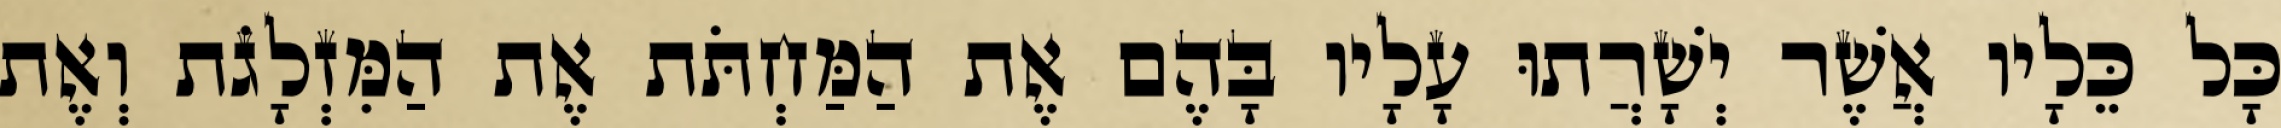
כָּל כֵּלָיו אֲשֶׁר יְשָׁרֲתוּ עָלָיו בָּהֶם אֶת הַמַּחְתֹּת אֶת הַמִּזְלָגֹת וְאֶת